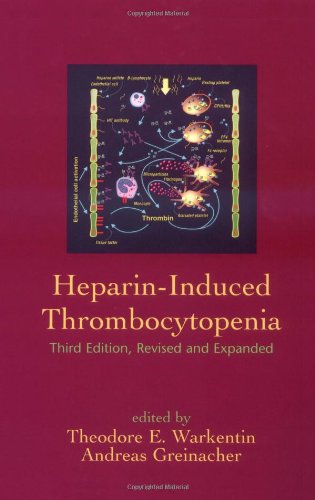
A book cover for Heparin-Induced Thrombocytopenia (Fundamental and Clinical Cardiology); Medical Books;